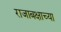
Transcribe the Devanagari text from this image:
राजाबक्षाच्या